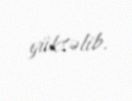
yüksəlib.